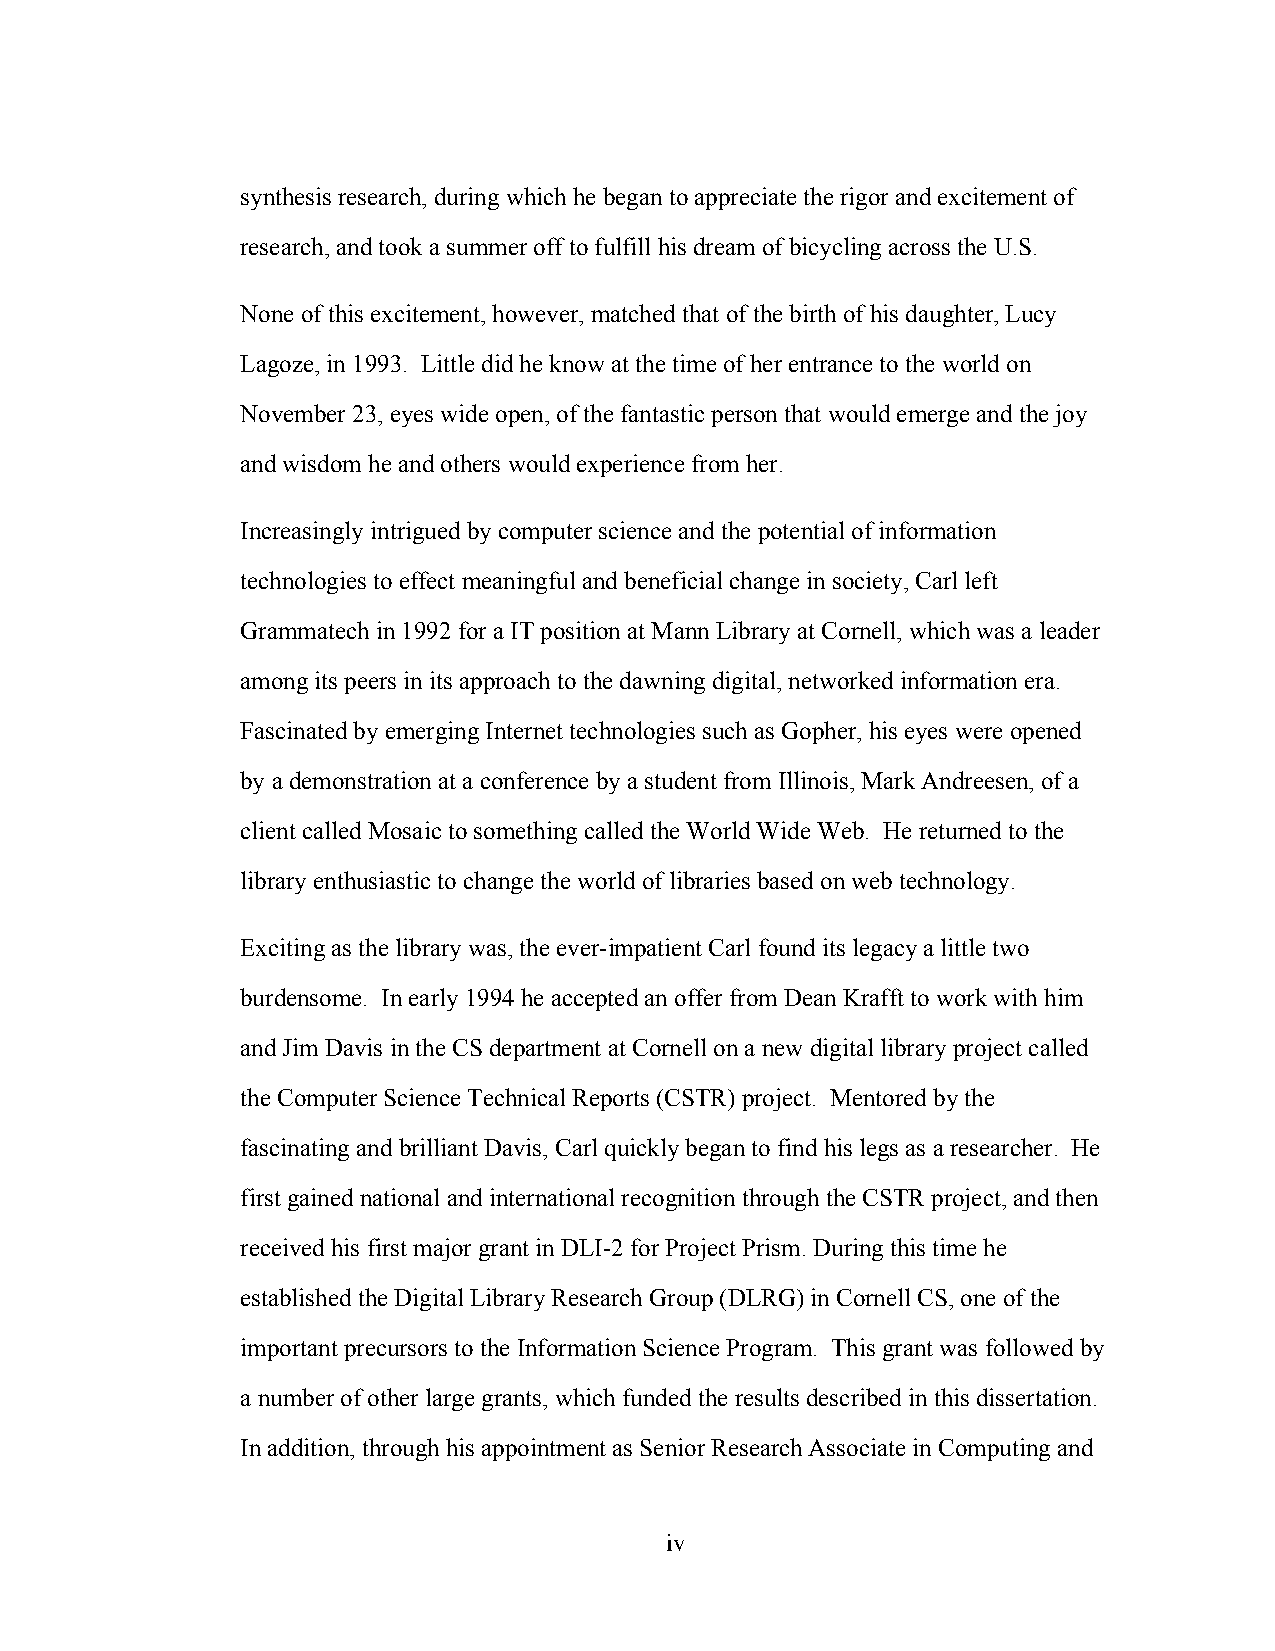
synthesis research, during which he began to appreciate the rigor and excitement of
 research, and took a summer off to fulfill his dream of bicycling across the U.S.
 None of this excitement, however, matched that of the birth of his daughter, Lucy
 Lagoze, in 1993. Little did he know at the time of her entrance to the world on
 November 23, eyes wide open, of the fantastic person that would emerge and the joy
 and wisdom he and others would experience from her.
 Increasingly intrigued by computer science and the potential of information
 technologies to effect meaningful and beneficial change in society, Carl left
 Grammatech in 1992 for a IT position at Mann Library at Cornell, which was a leader
 among its peers in its approach to the dawning digital, networked information era.
 Fascinated by emerging Internet technologies such as Gopher, his eyes were opened
 by a demonstration at a conference by a student from Illinois, Mark Andreesen, of a
 client called Mosaic to something called the World Wide Web. He returned to the
 library enthusiastic to change the world of libraries based on web technology.
 Exciting as the library was, the ever-impatient Carl found its legacy a little two
 burdensome. In early 1994 he accepted an offer from Dean Krafft to work with him
 and Jim Davis in the CS department at Cornell on a new digital library project called
 the Computer Science Technical Reports (CSTR) project. Mentored by the
 fascinating and brilliant Davis, Carl quickly began to find his legs as a researcher. He
 first gained national and international recognition through the CSTR project, and then
 received his first major grant in DLI-2 for Project Prism. During this time he
 established the Digital Library Research Group (DLRG) in Cornell CS, one of the
 important precursors to the Information Science Program. This grant was followed by
 a number of other large grants, which funded the results described in this dissertation.
 In addition, through his appointment as Senior Research Associate in Computing and
 iv